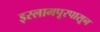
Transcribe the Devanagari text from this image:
इस्लामपूरपासून